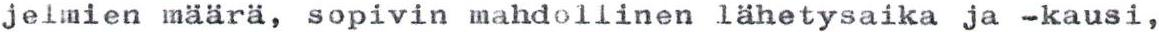
jelmien määrä, sopivin mahdollinen lähetysaika ja -kausi,